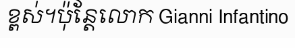
ខ្ពស់។ប៉ុន្តែលោក Gianni Infantino